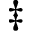
^ \ddagger